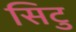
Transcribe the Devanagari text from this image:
सिटु